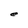
Character: e